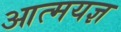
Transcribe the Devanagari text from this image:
आत्मयज्ञ